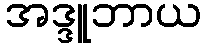
အဒ္ဒူဘာယ